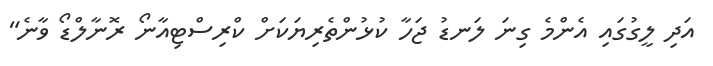
އަދި ލީގުގައި އެންމެ ގިނަ ލަނޑު ޖަހާ ކުޅުންތެރިޔަކަށް ކްރިސްޓިއާނޯ ރޮނާލްޑޯ ވާނެ"